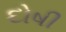
દોષી